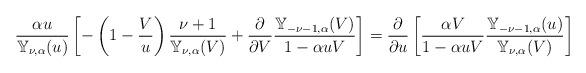
LaTeX: \begin{align*}&\frac{\alpha u}{\mathbb{Y}_{ \nu,\alpha}(u)}\left[-\left( 1-\frac{V }{u} \right)\frac{\nu+1}{\mathbb{Y}_{ \nu,\alpha}(V)}+\frac{\partial }{\partial V }\frac{\mathbb{Y}_{ -\nu-1,\alpha}(V)}{1-\alpha uV}\right]=\frac{\partial}{\partial u}\left[ \frac{\alpha V}{1-\alpha uV} \frac{\mathbb{Y}_{- \nu-1,\alpha}(u)}{\mathbb{Y}_{ \nu,\alpha}(V)}\right]\end{align*}